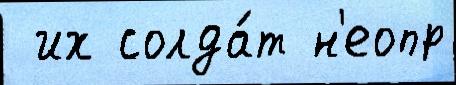
 их солда́т н'еопр